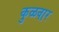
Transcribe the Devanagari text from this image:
कुळवार